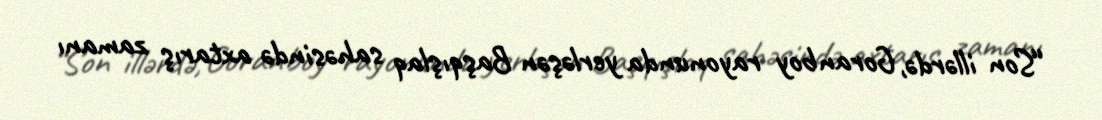
“Son illərdə, Goranboy rayonunda yerləşən Başqışlaq sahəsində axtarış zamanı